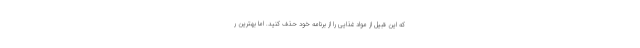
که این قبیل از مواد غذایی را از برنامه خود حذف کنید. اما بهترین ر